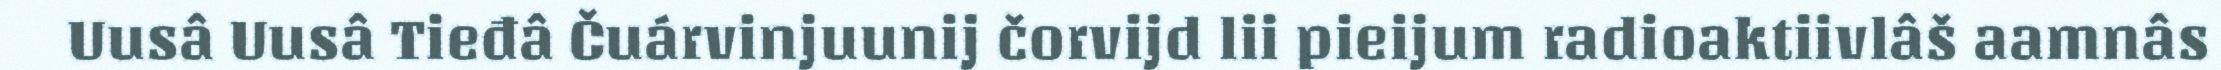
Uusâ Uusâ Tieđâ Čuárvinjuunij čorvijd lii pieijum radioaktiivlâš aamnâs